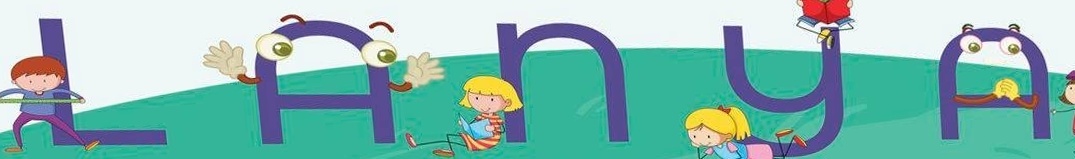
L A N Y A